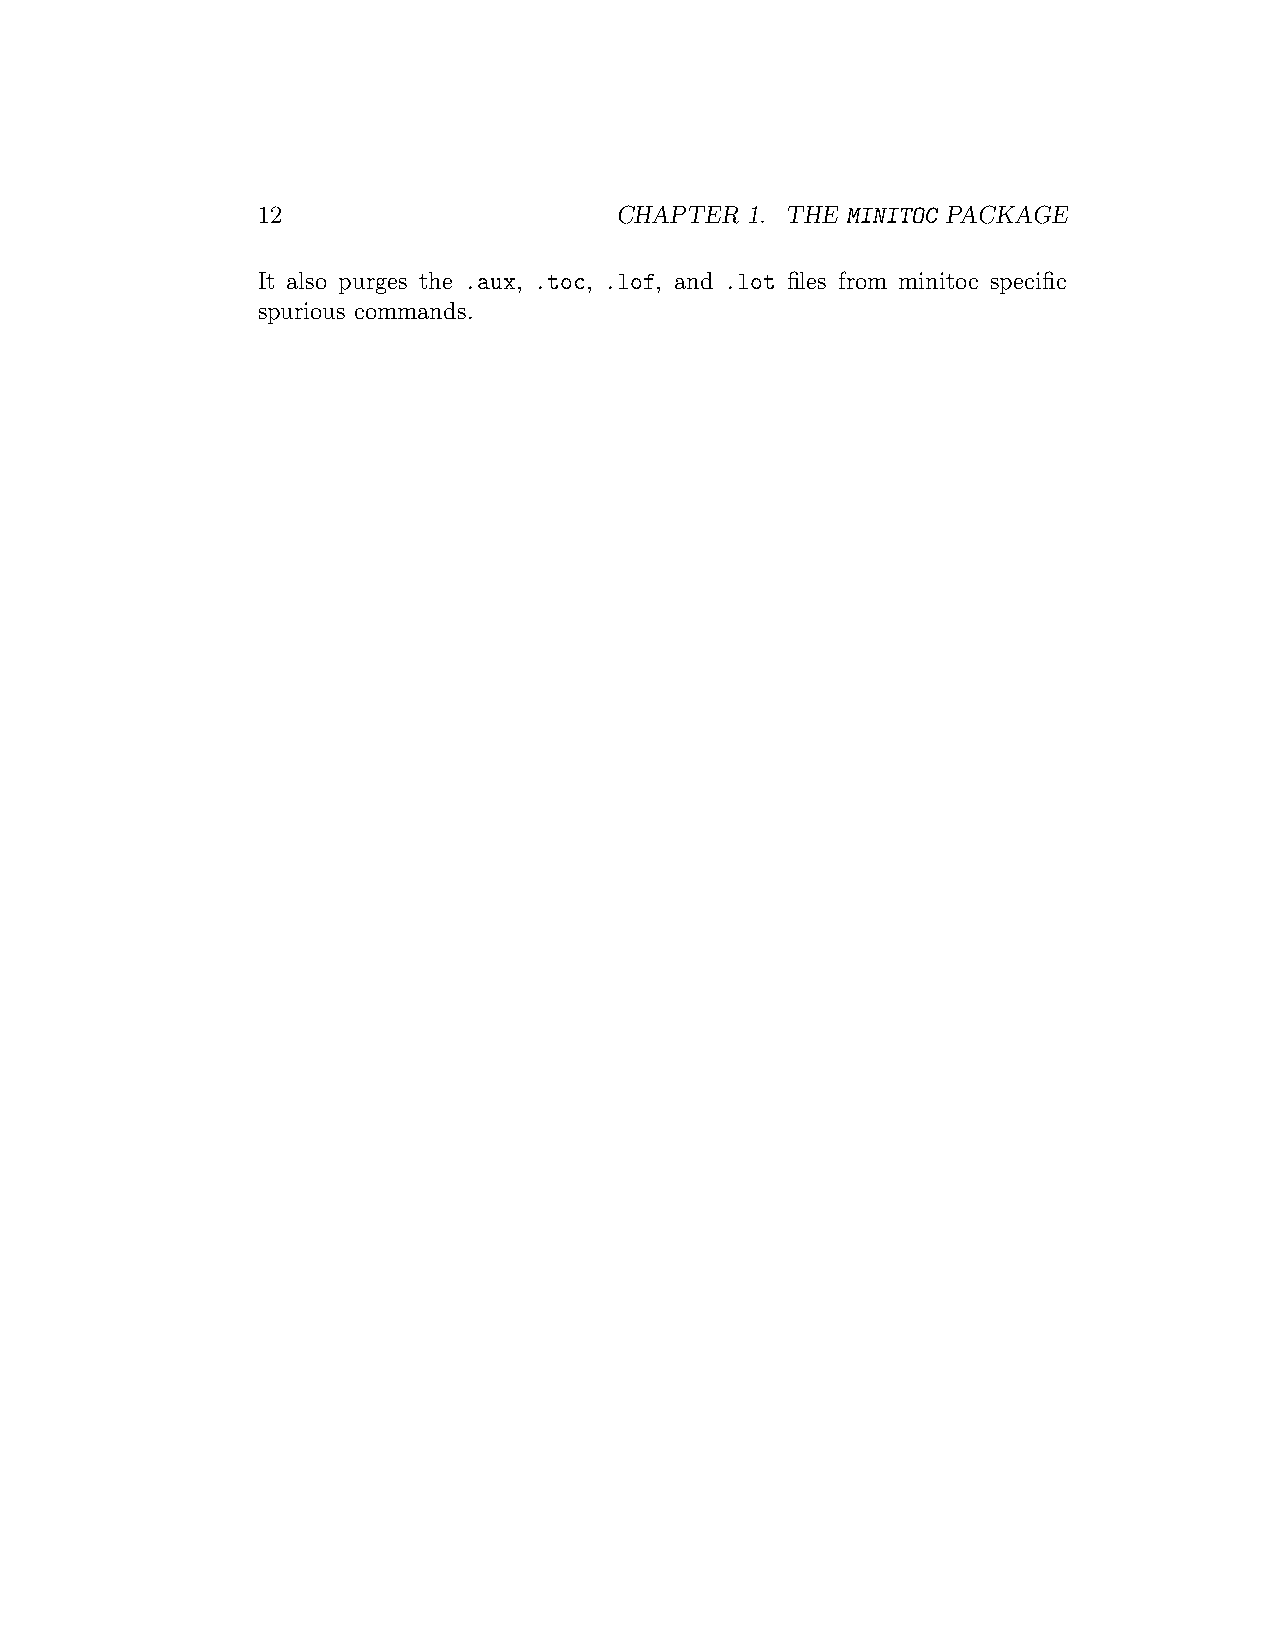
12                      CHAPTER 1. THE MINITOC PACKAGE
 It also purges the .aux, .toc, .lof, and .lot files from minitoc specific
 spurious commands.